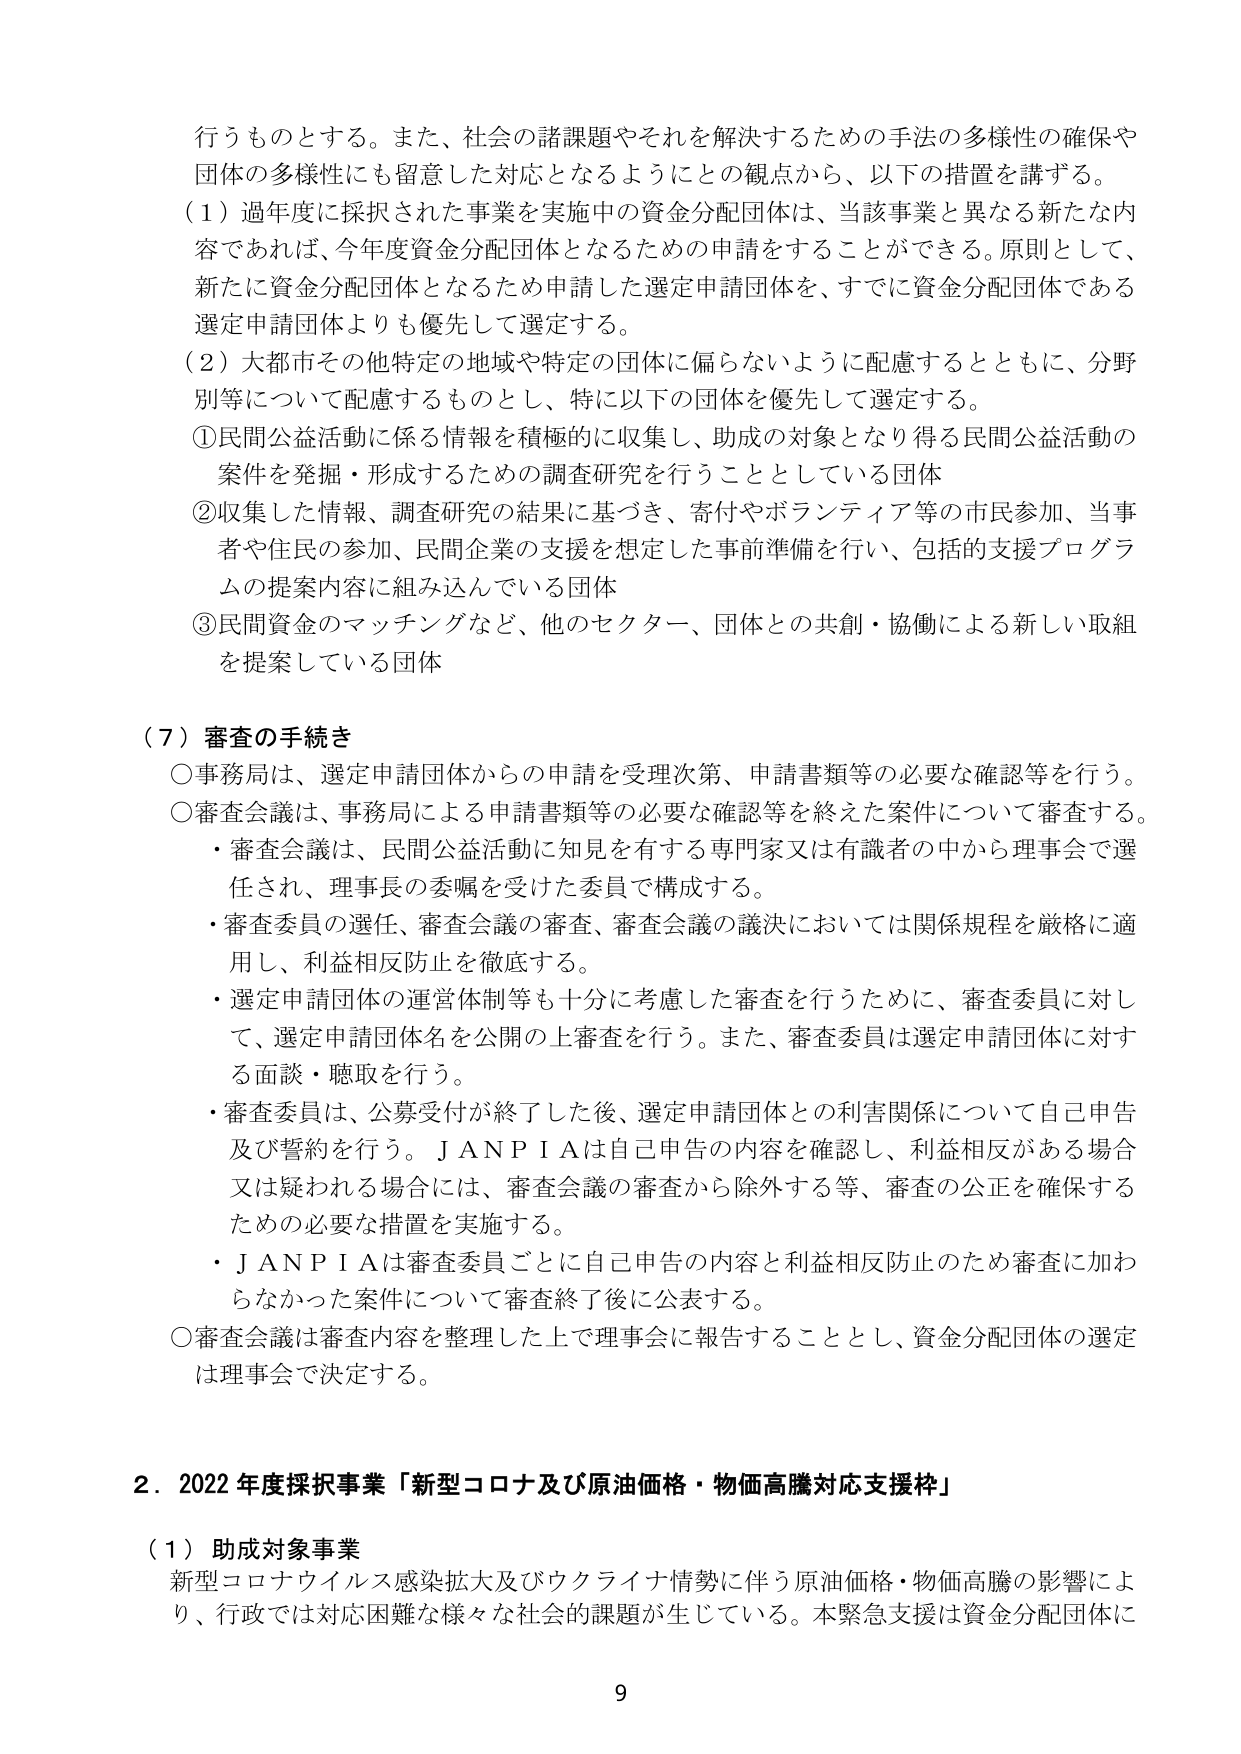
行うものとする。また、社会の諸課題やそれを解決するための手法の多様性の確保や団体の多様性にも留意した対応となるようにとの観点から、以下の措置を講ずる。
（１）過年度に採択された事業を実施中の資金分配団体は、当該事業と異なる新たな内容であれば、今年度資金分配団体となるための申請をすることができる。原則として、新たに資金分配団体となるため申請した選定申請団体を、すでに資金分配団体である選定申請団体よりも優先して選定する。
（２）大都市その他特定の地域や特定の団体に偏らないように配慮するとともに、分野別等について配慮するものとし、特に以下の団体を優先して選定する。
①民間公益活動に係る情報を積極的に収集し、助成の対象となり得る民間公益活動の案件を発掘・形成するための調査研究を行うこととしている団体
②収集した情報、調査研究の結果に基づき、寄付やボランティア等の市民参加、当事者や住民の参加、民間企業の支援を想定した事前準備を行い、包括的支援プログラムの提案内容に組み込んでいる団体
③民間資金のマッチングなど、他のセクター、団体との共創・協働による新しい取組を提案している団体

（７）審査の手続き
○事務局は、選定申請団体からの申請を受理次第、申請書類等の必要な確認等を行う。
○審査会議は、事務局による申請書類等の必要な確認等を終えた案件について審査する。
・審査会議は、民間公益活動に知見を有する専門家又は有識者の中から理事会で選任され、理事長の委嘱を受けた委員で構成する。
・審査委員の選任、審査会議の審査、審査会議の議決においては関係規程を厳格に適用し、利益相反防止を徹底する。
・選定申請団体の運営体制等も十分に考慮した審査を行うために、審査委員に対して、選定申請団体名を公開の上審査を行う。また、審査委員は選定申請団体に対する面談・聴取を行う。
・審査委員は、公募受付が終了した後、選定申請団体との利害関係について自己申告及び誓約を行う。ＪＡＮＰＩＡは自己申告の内容を確認し、利益相反がある場合又は疑われる場合には、審査会議の審査から除外する等、審査の公正を確保するための必要な措置を実施する。
・ＪＡＮＰＩＡは審査委員ごとに自己申告の内容と利益相反防止のため審査に加わらなかった案件について審査終了後に公表する。
○審査会議は審査内容を整理した上で理事会に報告することとし、資金分配団体の選定は理事会で決定する。

２．2022年度採択事業「新型コロナ及び原油価格・物価高騰対応支援枠」
（１）助成対象事業
新型コロナウイルス感染拡大及びウクライナ情勢に伴う原油価格・物価高騰の影響により、行政では対応困難な様々な社会的課題が生じている。本緊急支援は資金分配団体に

9